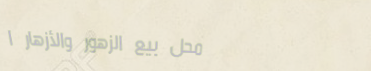
محل بيع الزهور والأزهار ا